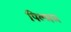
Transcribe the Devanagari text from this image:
पिल्लल